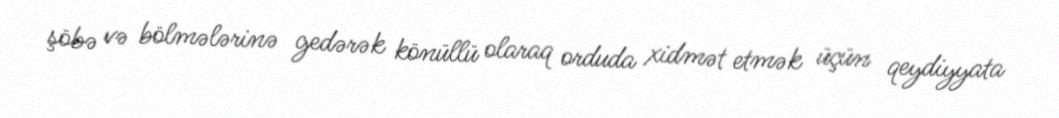
şöbə və bölmələrinə gedərək könüllü olaraq orduda xidmət etmək üçün qeydiyyata